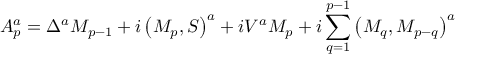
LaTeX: { \cal A } _ { p } ^ { a } = \Delta ^ { a } M _ { p - 1 } + i \left( M _ { p } , S \right) ^ { a } + i V ^ { a } M _ { p } + i \sum _ { q = 1 } ^ { p - 1 } \left( M _ { q } , M _ { p - q } \right) ^ { a }